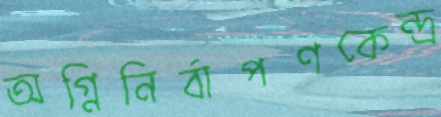
অগ্নিনির্বাপণকেন্দ্র